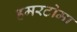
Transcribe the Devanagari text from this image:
हमरटोमा